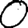
Digit: 0